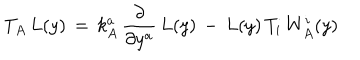
LaTeX: T _ { A } \, L ( y ) \, = \, k _ { A } ^ { a } \, \frac { \partial } { \partial y ^ { a } } \, L ( y ) \, - \, L ( y ) \, T _ { i } \, W _ { A } ^ { i } ( y )